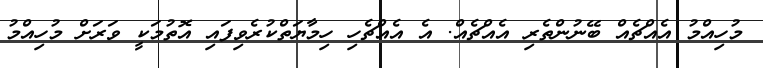
މުހިއްމު އެއްޗެއް ބޭނުންތެރި އެއްޗެއް. އެ އެއްޗެހި ހިމާޔަތްކުރެވިފައި އޮތުމަކީ ވަރަށް މުހިއްމު